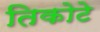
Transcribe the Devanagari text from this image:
तिकोटे